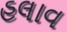
હલાવ